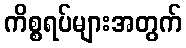
ကိစ္စရပ်များအတွက်